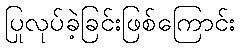
ပြုလုပ်ခဲ့ခြင်းဖြစ်ကြောင်း